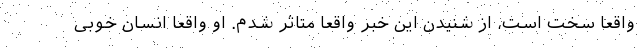
واقعا سخت است، از شنیدن این خبر واقعا متاثر شدم. او واقعا انسان خوبی